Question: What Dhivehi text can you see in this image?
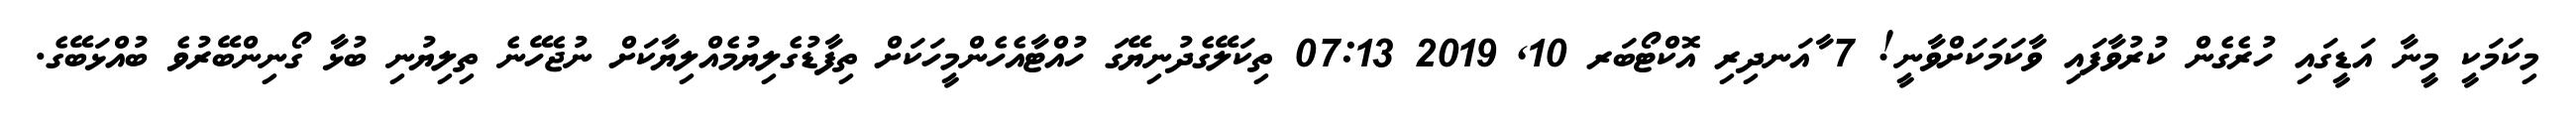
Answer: މިކަމަކީ މީނާ އަޑީގައި ހުރެގެން ކުރުވާފައި ވާކަމަކަށްވާނީ! 7 ާއަނދިރި އޮކްޓޯބަރ 10, 2019 07:13 ތިކަލޭގެދުނިޔޭގަ ހުއްޓާއެހެންމީހަކަށް ތިފާޑުގެލިޔުމެއްލިޔާކަށް ނުޖެހޭނެ ތިލިޔުނި ބުޅާ ގޯނިންބޭރުވެ ބުއްޅަބޭގެ.